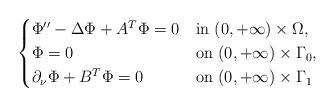
LaTeX: \begin{align*}\begin{cases} \Phi''-{\Delta} \Phi+A^T\Phi=0&\hbox{in } (0, +\infty) \times \Omega,\\\Phi = 0&\hbox{on } (0, +\infty) \times \Gamma_0,\cr\partial_\nu \Phi + B^T\Phi= 0 &\hbox{on } (0, +\infty) \times \Gamma_1 \end{cases}\end{align*}